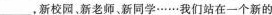
___，新校园，新老师。新同学……我们站在一个新的